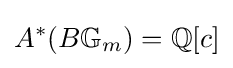
A^{*}(B\mathbb {G} _{m})=\mathbb {Q} [c]